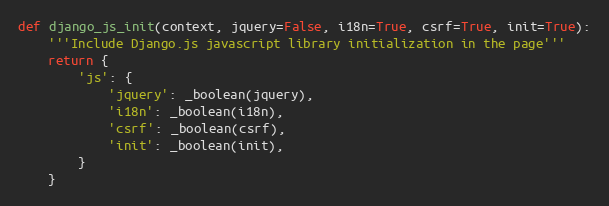
Language: Python
def django_js_init(context, jquery=False, i18n=True, csrf=True, init=True):
    '''Include Django.js javascript library initialization in the page'''
    return {
        'js': {
            'jquery': _boolean(jquery),
            'i18n': _boolean(i18n),
            'csrf': _boolean(csrf),
            'init': _boolean(init),
        }
    }